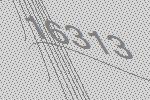
16313